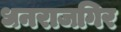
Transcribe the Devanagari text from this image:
धनराजगिर